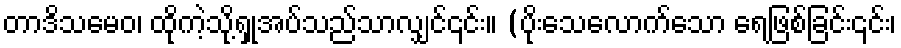
တာဒိသမေဝ၊ ထိုကဲ့သို့ရှုအပ်သည်သာလျှင်၎င်း။ (ပိုးသေလောက်သော ရေဖြစ်ခြင်း၎င်း၊